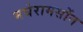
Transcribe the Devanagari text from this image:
मघेरामसोंन